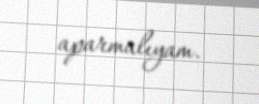
aparmalıyam.